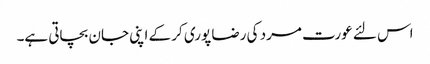
اس لئے عورت مرد کی رضا پوری کر کے اپنی جان بچاتی ہے۔